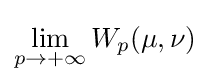
\lim _{p\rightarrow +\infty }W_{p}(\mu ,\nu )